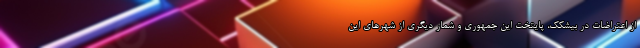
از اعتراضات در بیشکک، پایتخت این جمهوری و شمار دیگری از شهرهای این